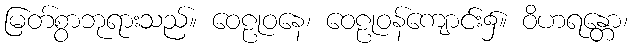
မြတ်စွာဘုရားသည်။ ဝေဠုဝနေ၊ ဝေဠုဝန်ကျောင်း၌။ ဝိဟရန္တော၊